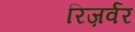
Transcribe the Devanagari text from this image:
रिज़र्वर